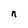
Character: n